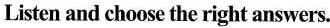
Listen and choose the right answers.